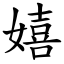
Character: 嬉